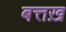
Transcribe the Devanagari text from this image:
बत्तख़